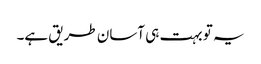
یہ تو بہت ہی آسان طریق ہے۔